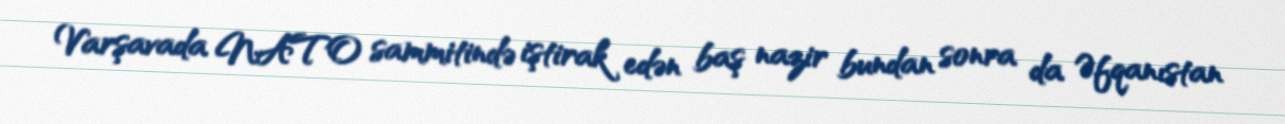
Varşavada NATO sammitində iştirak edən baş nazir bundan sonra da Əfqanıstan